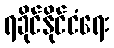
ရခိုင်နိုင်ငံရေး